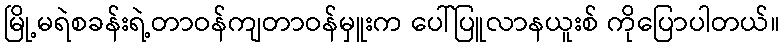
မြို့မရဲစခန်းရဲ့တာဝန်ကျတာဝန်မှူးက ပေါ်ပြူလာနယူးစ် ကိုပြောပါတယ်။